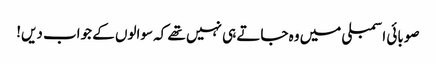
صوبائی اسمبلی میں وہ جاتے ہی نہیں تھے کہ سوالوں کے جواب دیں!